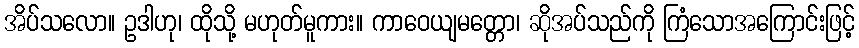
အိပ်သလော။ ဥဒါဟု၊ ထိုသို့ မဟုတ်မူကား။ ကာဝေယျမတ္တော၊ ဆိုအပ်သည်ကို ကြံသောအကြောင်းဖြင့်